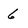
Character: 6